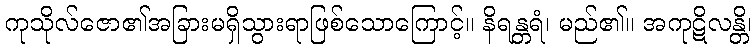
ကုသိုလ်ဇော၏အခြားမရှိသွားရာဖြစ်သောကြောင့်။ နိရန္တရံ၊ မည်၏။ အကုဋိလန္တိ၊